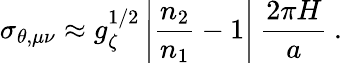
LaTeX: \sigma_{\theta,\mu\nu}\approx g_{\zeta}^{1/2}\left|\frac{n_{2}}{n_{1}}-1\right|\: \frac{2\pi H}{a}\: .